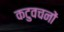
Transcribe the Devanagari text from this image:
कटुवचनों